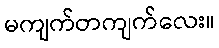
မကျက်တကျက်လေး။